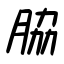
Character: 脇